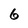
Character: 6